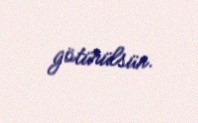
götürülsün.